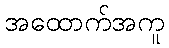
အထောက်အကူ